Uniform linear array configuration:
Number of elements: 4
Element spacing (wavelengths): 0.25
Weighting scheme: blackman
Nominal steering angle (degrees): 0
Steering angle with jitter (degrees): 0.7841
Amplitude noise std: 0.05
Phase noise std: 0.05

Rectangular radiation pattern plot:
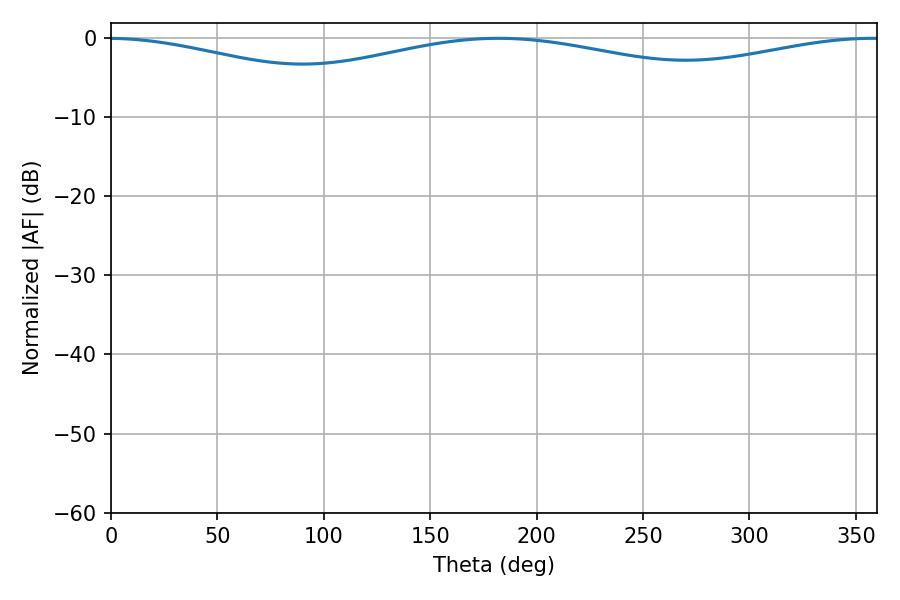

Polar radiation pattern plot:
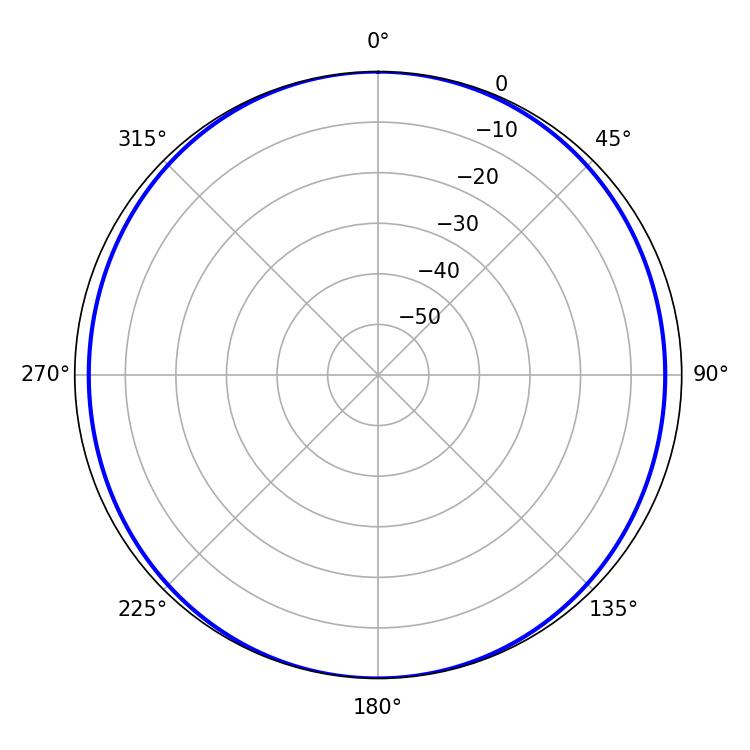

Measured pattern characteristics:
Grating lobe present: FALSE
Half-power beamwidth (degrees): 254.52
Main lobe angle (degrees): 181.98